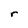
Character: r